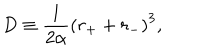
LaTeX: D \equiv \frac { 1 } { 2 \alpha } \left( r _ { + } + r _ { - } \right) ^ { 3 } ,